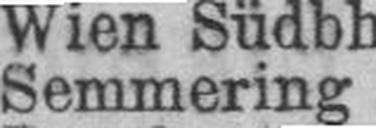
Semmering